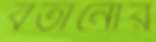
বর্তানোর